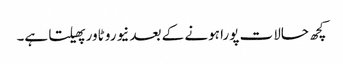
کچھ حالات پورا ہونے کے بعد نیورو ٹاور پھیلتا ہے۔